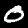
Label: 0